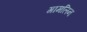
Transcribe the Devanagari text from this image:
गामलिन